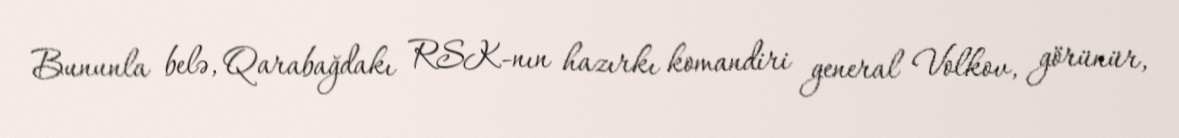
Bununla belə, Qarabağdakı RSK-nın hazırkı komandiri general Volkov, görünür,